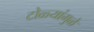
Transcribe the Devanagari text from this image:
टोळ्यांमुळे